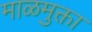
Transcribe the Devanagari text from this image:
माळमुक्ता